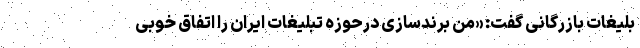
بلیغات‌ بازرگانی گفت: «من برندسازی درحوزه تبلیغات ایران را اتفاق خوبی